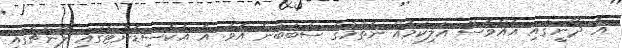
އެ ދޯނީގައި އެއްވެސް އަލިކަމެއް ނެތުމުގެ ސަބަބުން އެވެ. އެ އެކްސިޑެންޓްގައި ލޯންޗްގައި